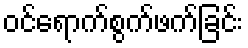
ဝင်ရောက်စွက်ဖက်ခြင်း